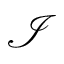
\mathcal { I }